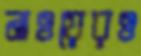
নাওয়েরও